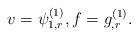
LaTeX: \begin{align*}v=\psi_{1,r}^{(1)},f=g_{,r}^{(1)}.\end{align*}